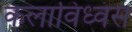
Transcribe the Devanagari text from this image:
कलाविध्वंस